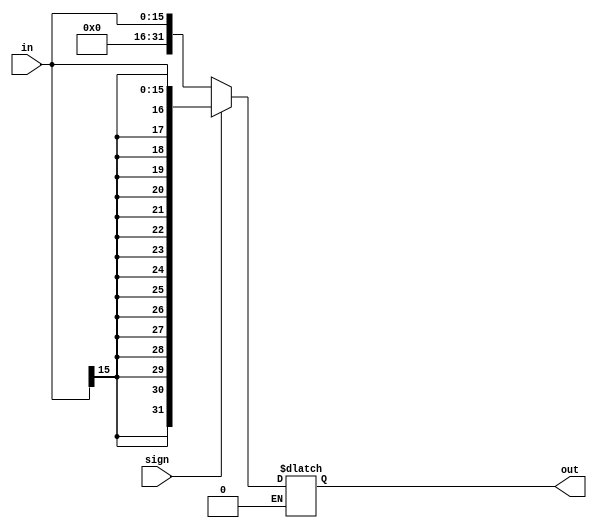
module Sign_extend (in , sign , out);
  input [15:0] in;
  input sign;
  output reg [31:0] out;
	
	always @ (sign or in) begin
    if (sign == 1'b0)  // to handle the "and" "andi" cases
     	out = {16'b0000_0000_0000_0000 , in};
    else if (sign == 1'b1)  // the other inst that need the sign extend
     	out = { {16{in[15]}}, in };
  end
endmodule

module SignExtend_testbench();
  reg [15:0] in;
  reg sign ;
  wire [31:0] out;

  Sign_extend try ( in , sign,out );

  initial begin
    in <= 16'b0000_0000_0000_0100;
    sign <= 0 ; 	
    #5 in <= 16'b 1000_1110_1111_0000;
    #5 sign <= 1;
    #5 in <= 16'b  1000_1110_1111_0000 ;
    #5 in <= 16'b0000_0000_0000_0100;
  end
endmodule